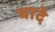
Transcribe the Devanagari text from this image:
बादे